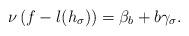
LaTeX: \begin{align*}\nu\left(f-l(h_\sigma)\right)=\beta_b+b\gamma_\sigma.\end{align*}